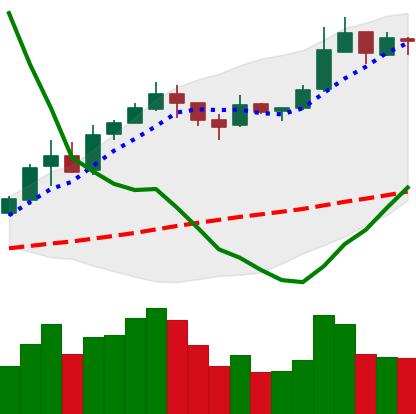
Ticker: BNB-USD
Chart end date: 2019-02-23
Forward return: -3.864%
Label: down_3_5